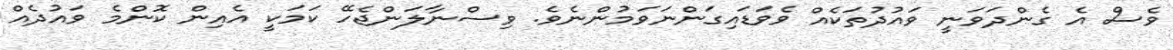
ވެސް އެ ގެންދަވަނީ ވައުދުތަކެއް ވެވަޑައިގަންނަވަމުންނެވެ. ވިސްނާލަންޖެހޭ ކަމަކީ އެއިން ކޮންމެ ވައުދެއް